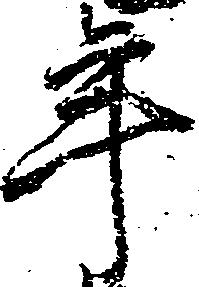
年